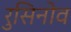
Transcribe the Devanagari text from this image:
रुसिनोव